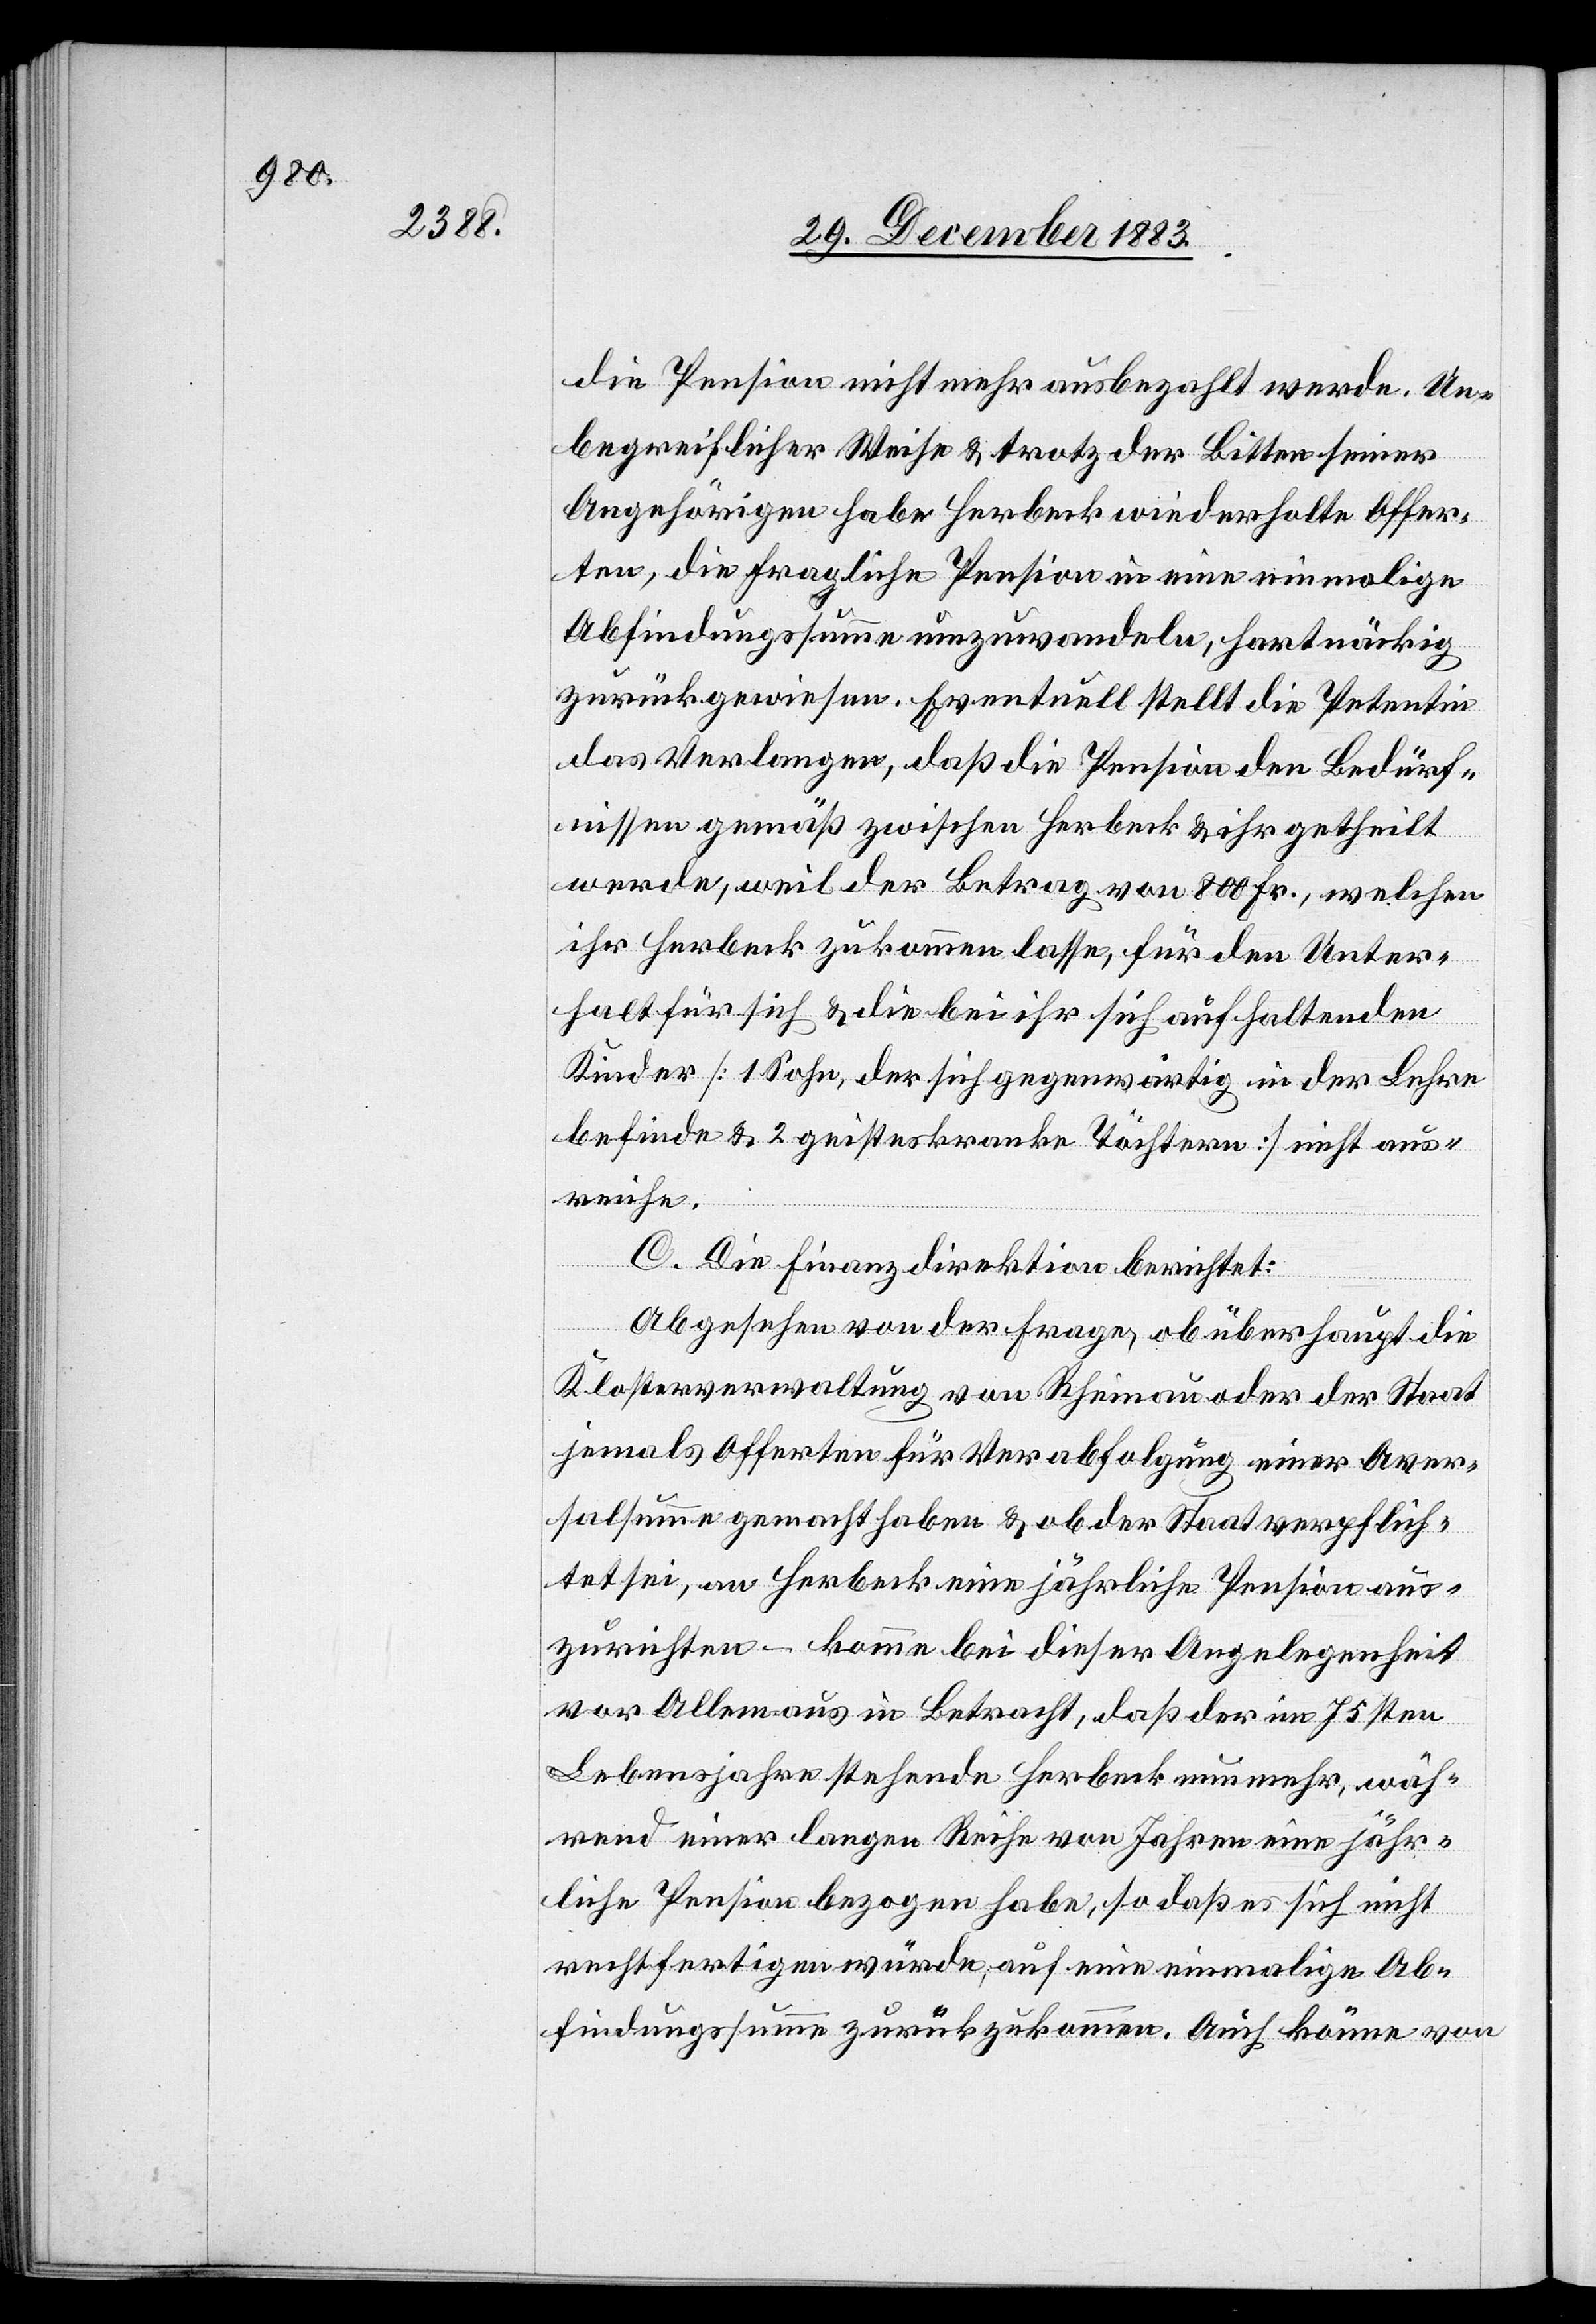
die Pension nicht mehr ausbezahlt werde. Un¬
begreiflicher Weise & trotz der Bitten seiner
Angehörigen habe Herbeck wiederholte Offer¬
ten, die fragliche Pension in eine einmalige
Abfindungssumme umzuwandeln, hartnäckig
zurückgewiesen. Eventuell stellt die Petentin
das Verlangen, daß die Pension den Bedürf¬
nissen gemäß zwischen Herbeck & ihr getheilt
werde, weil der Betrag von 800 Fr., welchen
ihr Herbeck zukommen lasse, für den Unter¬
halt für sich & die bei ihr sich aufhaltenden
Kinder [1 Sohn, der sich gegenwärtig in der Lehre
befinde & 2 geisteskranke Töchtern] nicht aus¬
reiche.
C. Die Finanzdirektion berichtet:
Abgesehen von der Frage, ob überhaupt die
Klosterverwaltung von Rheinau oder der Staat
jemals Offerten für Verabfolgung einer Aver¬
salsumme gemacht haben & ob der Staat verpflich¬
tet sei, an Herbeck eine jährliche Pension aus¬
zurichten – komme bei dieser Angelegenheit
vor Allem aus in Betracht, daß der im 75sten
Lebensjahre stehende Herbeck nunmehr, wäh¬
rend einer langen Reihe von Jahren eine jähr¬
liche Pension bezogen habe, so daß es sich nicht
rechtfertigen würde, auf eine einmalige Ab¬
findungssumme zurückzukommen. Auch könne von